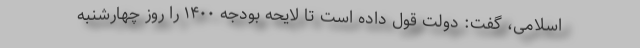
اسلامی، گفت: دولت قول داده است تا لایحه بودجه ۱۴۰۰ را روز چهارشنبه